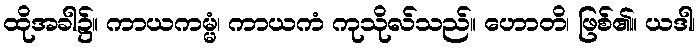
ထိုအခါ၌။ ကာယကမ္မံ၊ ကာယကံ ကုသိုလ်သည်။ ဟောတိ၊ ဖြစ်၏။ ယဒါ၊